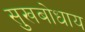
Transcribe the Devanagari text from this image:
सुखबोधाय